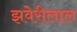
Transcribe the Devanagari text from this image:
झवेरीलाल